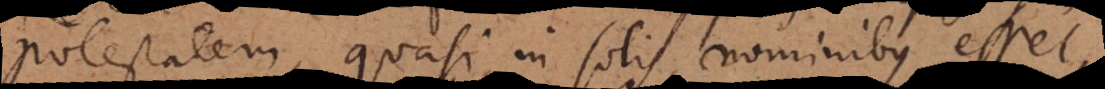
potestatem, quasi in solis nominibus esset,